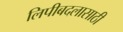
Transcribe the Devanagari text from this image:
लिपीबदलासाठी